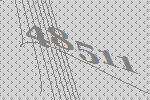
48511